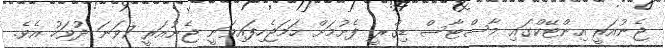
ޖެނުއަރީ އިންޓޭކްގައި މާސްޓާސް ޑިގްރީ ފެށުމަށް ހަމަޖެހިފައިވަނީ ޖެނުއަރީ 7ވަނަ ދުވަހު އެވެ.